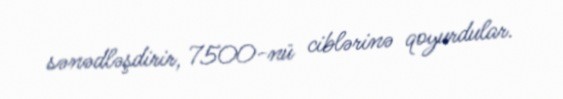
sənədləşdirir, 7500-nü ciblərinə qoyurdular.